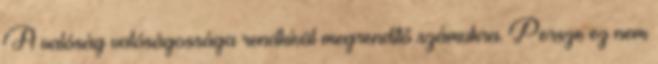
A valóság valóságossága rendkívül megrendítő számukra. Persze ez nem